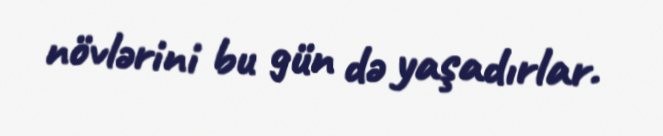
növlərini bu gün də yaşadırlar.